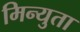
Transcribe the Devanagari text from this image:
मिन्युता